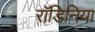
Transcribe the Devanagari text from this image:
रॉडिनिया